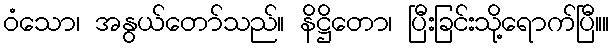
ဝံသော၊ အနွယ်တော်သည်။ နိဋ္ဌိတော၊ ပြီးခြင်းသို့ရောက်ပြီ။။